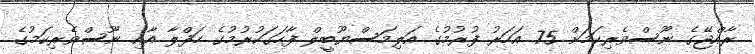
ރާއްޖޭގެ ނޫސްވެރިކަމަށް 75 އަހަރު ފުރުމުގެ އަލިމަސްޔޫބީލް ފާހަގަކުރުމުގެ ހަފްލާ އާއި ނޫސްވެރިކަމުގެ